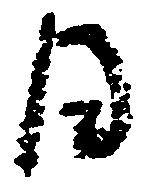
日